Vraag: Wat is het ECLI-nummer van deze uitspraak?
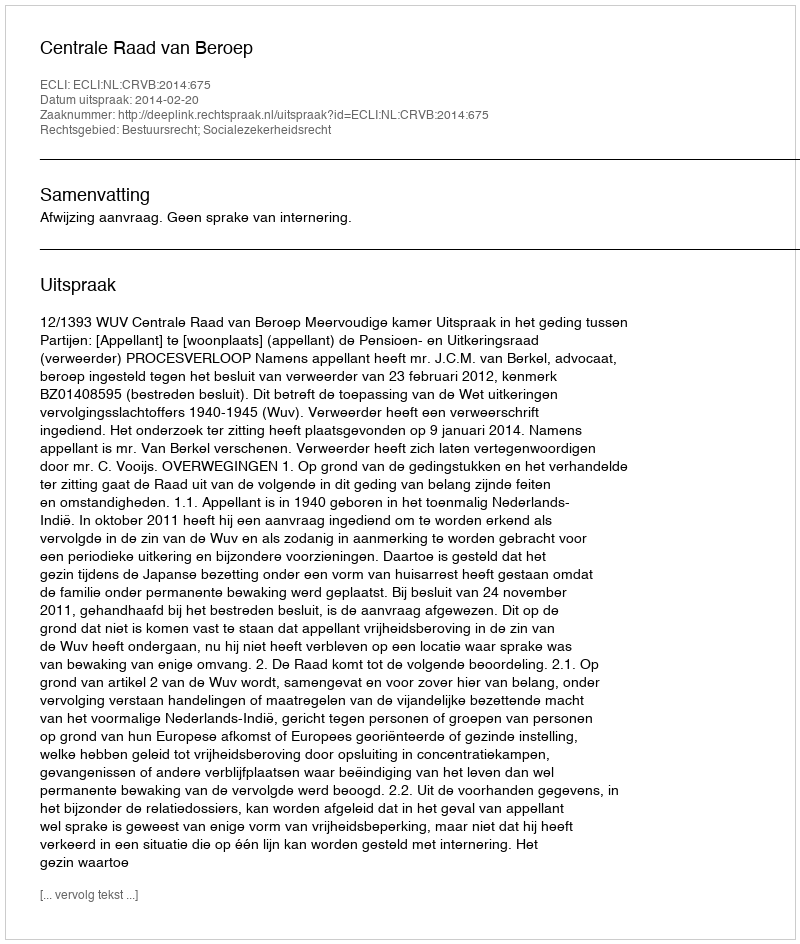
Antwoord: ECLI:NL:CRVB:2014:675